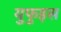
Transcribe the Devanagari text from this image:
युफुइस